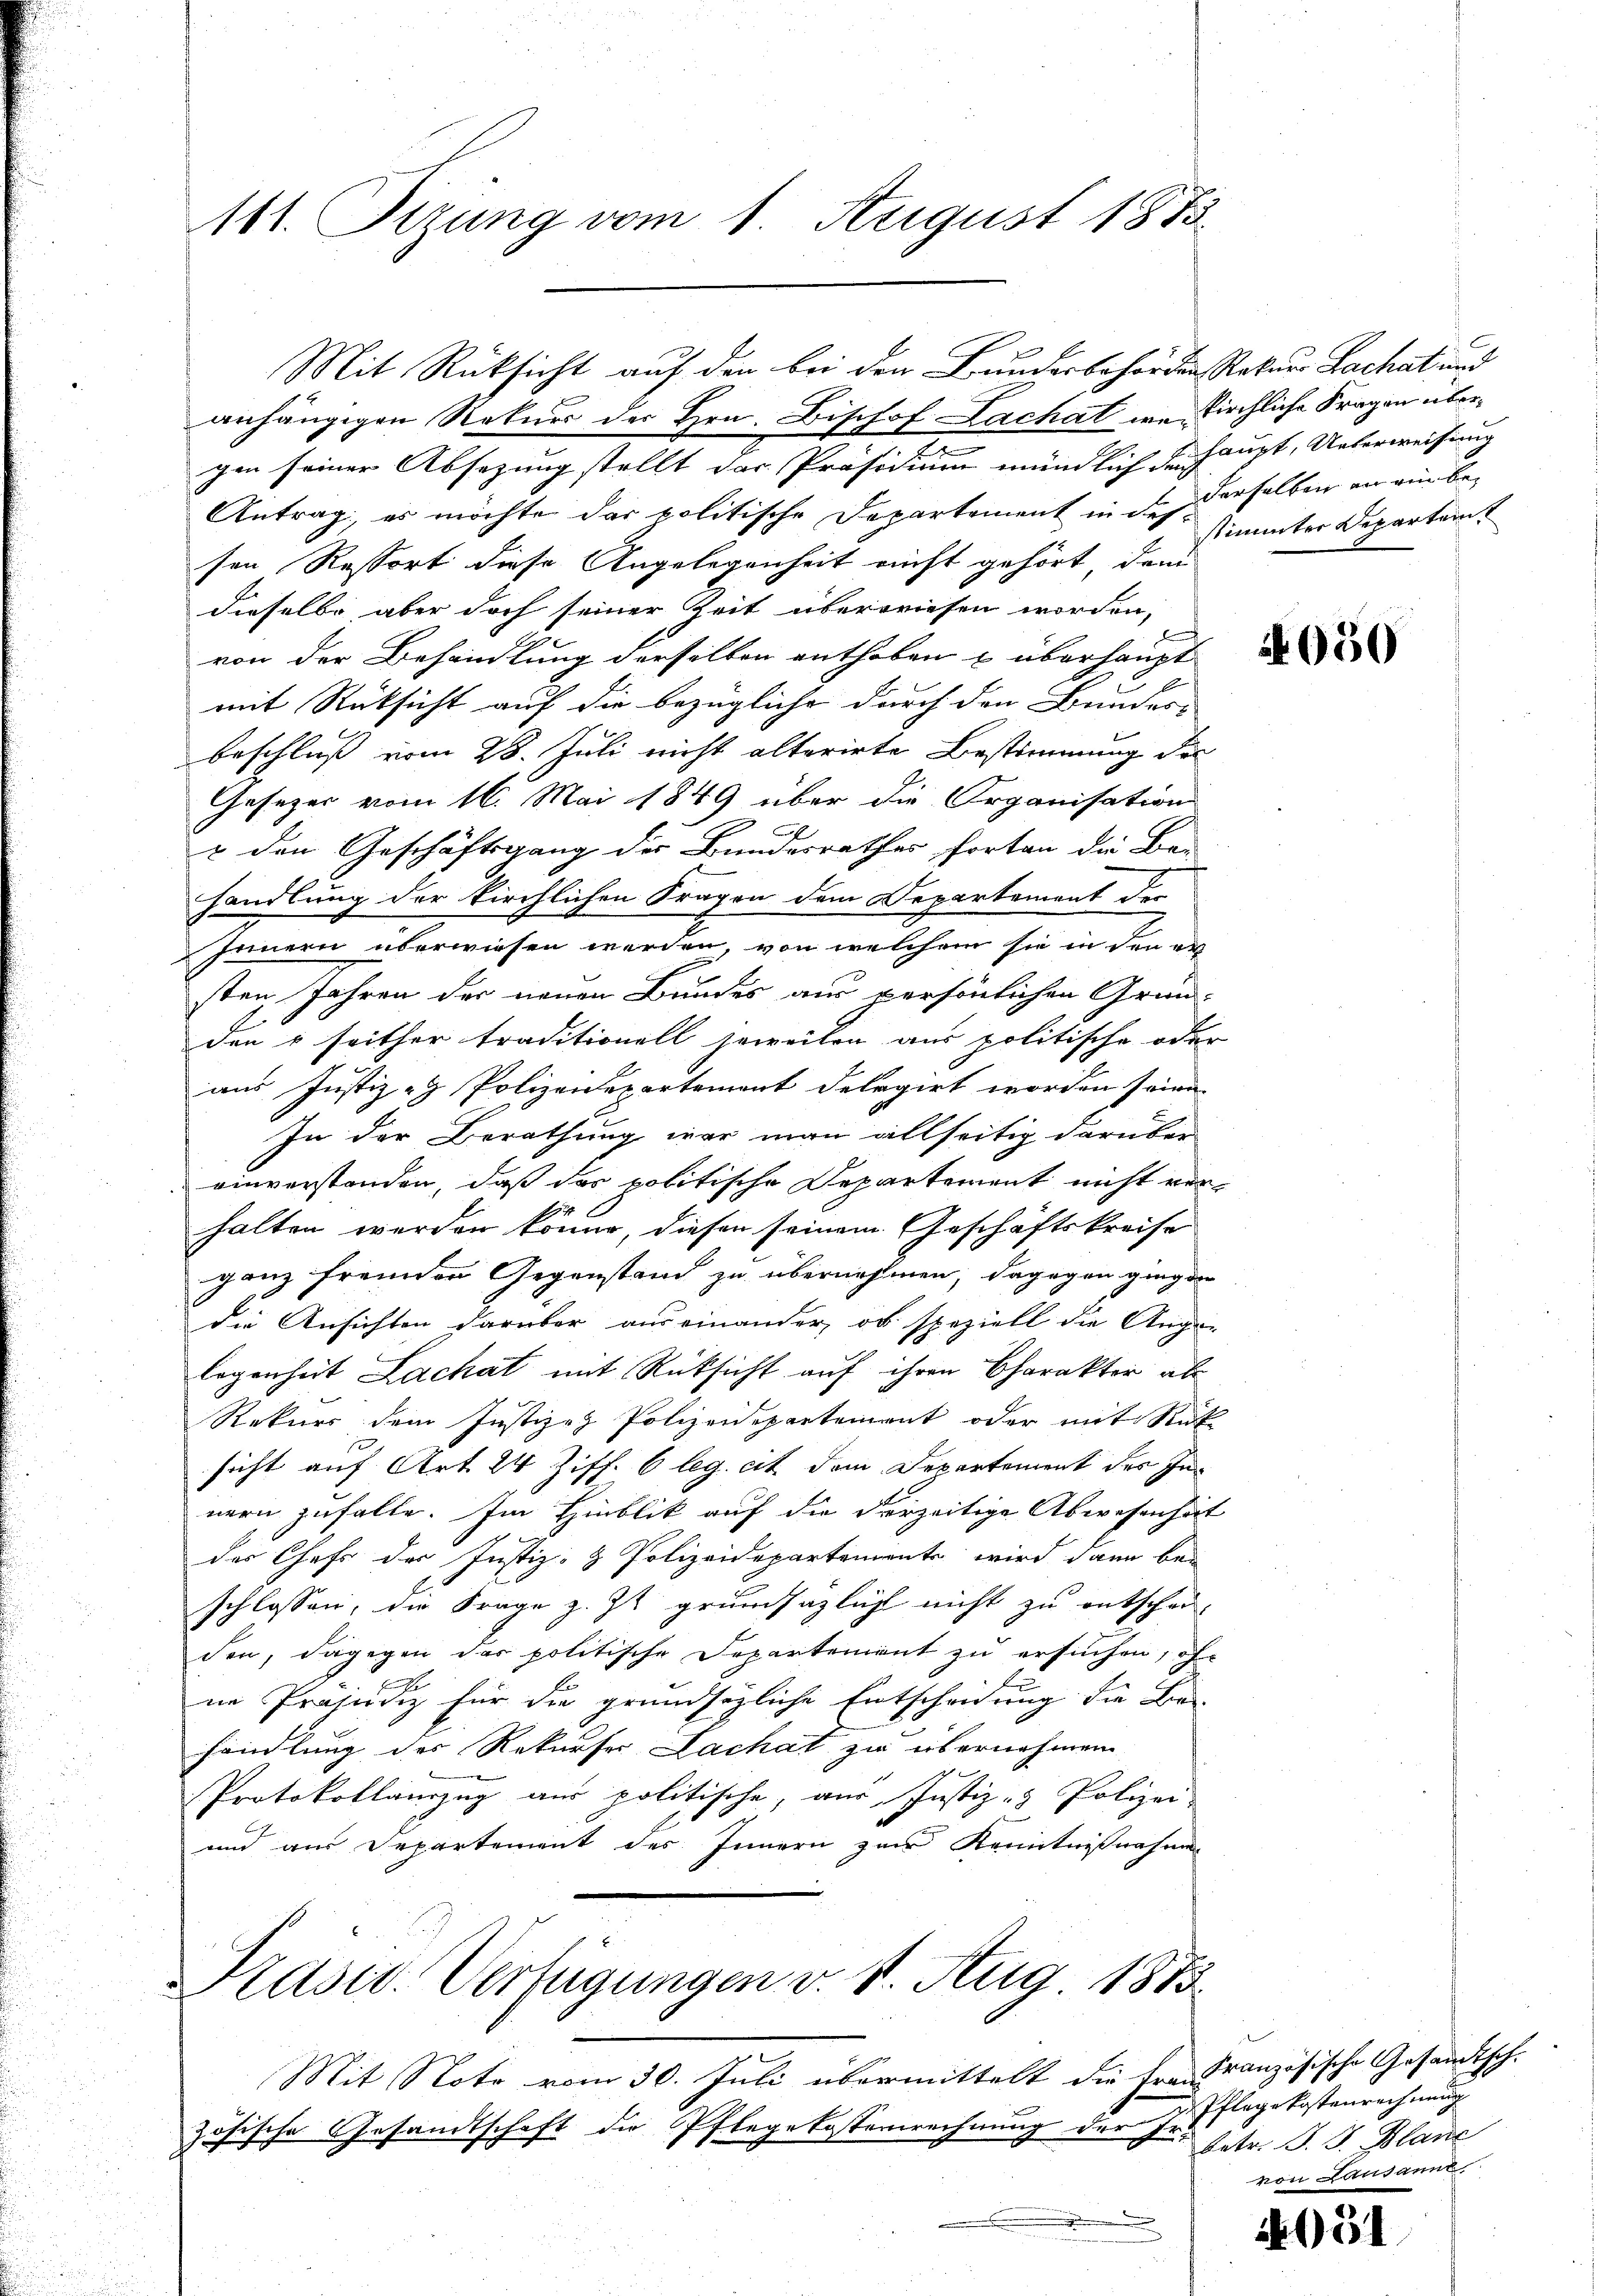
111. Sizung vom 1. August 1873

Mit Rücksicht auf den bei den Bunderbehörden Rekurs Lachat und

anhängigen Rekurs der Hrn. Bischof Lachal wo Kirchliche Fragen übergen seiner Absezung stellt das Präsidium mündlich der haupt, Unterweisung
Antrag, es möchte das politische Departement in der derselben er einbesen Ressort diese Angelegenheit nicht gehört, dem
dieselbe, aber doch seiner Zeit überwiesen worden,
von der Behandlung derselben enthoben u überhaupt
mit Rücksicht auf die Bezügliche durch den Bunder-
beschluß vom 28. Juli nicht alterirte Bestimmung des
Gesetzer vom 16. Mai 1849 über die Organisation
& den Geschäftsgang der Bundesrathes fortan die Be-
handlung der kirchlichen Fragen dem Departement der
Innern überwiesen werden, von welchem sie in den er
sten Jahren der neuen Bundes aus persönlichen Grün-
den & seither traditionell jeweilen aus politische oder
aus Justiz - Polizeidepartement delegirt worden seien
In der Berathung war man allseitig darüber
einverstanden, daß das politische Departement nicht vorhalten werden könne, diesen seinem Geschäftskreise
ganz fremden Gegenstand zu übernehmen, dagegen gingen
die Ansichten darüber auseinander, ob speziell die Ange-
legenheit Lachat mit Rücksicht auf ihren Charakter als
Rekurs dem Justiz- Polizeidepartement oder mit Rück
sicht auf Art. 24 Ziff. 6 leg. cit dem Departement des Innern zufalle. Im Hinblik auf die derzeitige Abwesenheit
des Chefs der Justiz- & Polizeidepartemente wird dann bei
schlossen, die Frage z. Zt. grundsäglicht nicht zu entschen-
den, dagegen der politische Departement zu ersuchen, of
e
ne Präsidiz für die grundsägliche Entscheidung die Be-
handlung des Rekurser Lachat zu übernehmen
n
1
Protokollanzŭg aŭs politische, aŭs Justiz- & Polizei-
und aus Departement des Innern zur Kenntnißnahmen
Präsid. Verfügungen v. 1. Aug. 1883.

Mit Note vom 30. Juli übermittelt die frei Französische Gesandtsch-
ösische Gesandtschaft die Pflegekosterrechnung der Ir
s

stimmter Departem

050

654

Pflegekostenrechnung
betr. J. J. Blanc
Lausanne